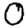
Digit: 0